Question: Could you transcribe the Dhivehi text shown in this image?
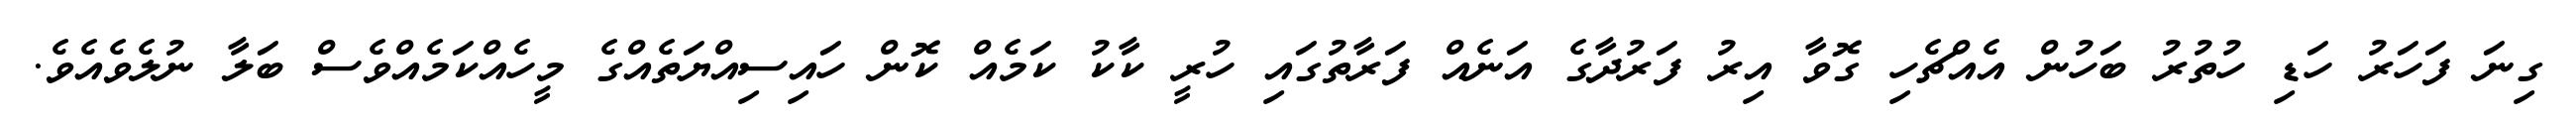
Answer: ގިނަ ފަހަރު ހަޑި ހުތުރު ބަހުން އެއްޗެހި ގޮވާ އިރު ފަރުދާގެ އަނެއް ފަރާތުގައި ހުރީ ކާކު ކަމެއް ކޮން ހައިސިއްޔަތެއްގެ މީހެއްކަމެއްވެސް ބަލާ ނުލެވެއެވެ.